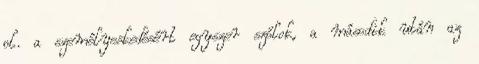
pl. a személyeskedésért egyszer szólok, a második után az